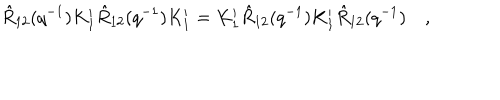
\hat { R } _ { 1 2 } ( q ^ { - 1 } ) K _ { 1 } ^ { \prime } \hat { R } _ { 1 2 } ( q ^ { - 1 } ) K _ { 1 } ^ { \prime } = K _ { 1 } ^ { \prime } \hat { R } _ { 1 2 } ( q ^ { - 1 } ) K _ { 1 } ^ { \prime } \hat { R } _ { 1 2 } ( q ^ { - 1 } ) \quad ,